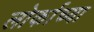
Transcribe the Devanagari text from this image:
लोर्काच्या